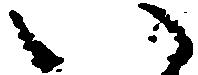
い